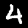
Digit: 4